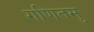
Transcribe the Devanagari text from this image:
गणितमु